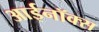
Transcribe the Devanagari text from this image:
आईनॉक्स